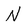
Character: N